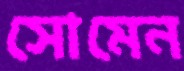
সোমেন